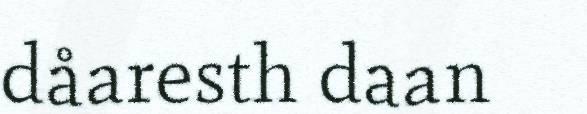
dåaresth daan